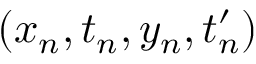
( x _ { n } , t _ { n } , y _ { n } , t _ { n } ^ { \prime } )